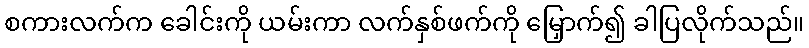
စကားလက်က ခေါင်းကို ယမ်းကာ လက်နှစ်ဖက်ကို မြှောက်၍ ခါပြလိုက်သည်။